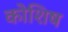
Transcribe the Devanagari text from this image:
कोशिष